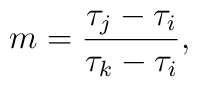
m = \frac {\tau_j-\tau_i}{\tau_k-\tau_i} ,